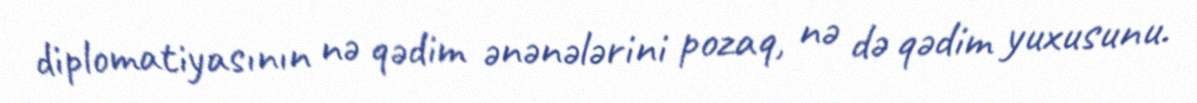
diplomatiyasının nə qədim ənənələrini pozaq, nə də qədim yuxusunu.